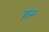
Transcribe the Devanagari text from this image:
हारू